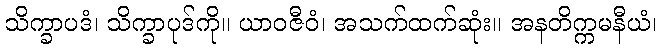
သိက္ခာပဒံ၊ သိက္ခာပုဒ်ကို။ ယာဝဇီဝံ၊ အသက်ထက်ဆုံး။ အနတိက္ကမနီယံ၊